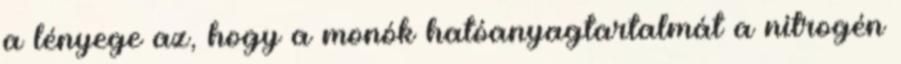
a lényege az, hogy a monók hatóanyagtartalmát a nitrogén